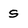
Character: S